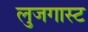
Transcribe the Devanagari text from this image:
लुजगास्ट